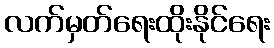
လက်မှတ်ရေးထိုးနိုင်ရေး